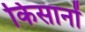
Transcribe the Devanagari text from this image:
किसानों